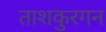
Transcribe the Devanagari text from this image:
ताशकुरगन